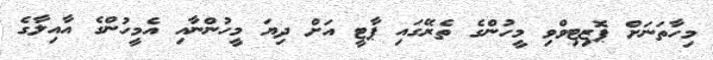
މިހާތަނަށް ޕޮޒިޓިވްވި މީހުންގެ ތެރޭގައި ޕާޓީ އަށް ދިޔަ މީހުންނާއި އެމީހުންގެ އާއިލާގެ